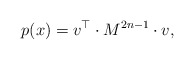
\begin{align*} p(x) = v_{}^\top \cdot M^{2n-1} \cdot v_{}, \end{align*}